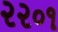
૨૨૦૧